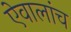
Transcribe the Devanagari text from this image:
ऐवालांच